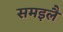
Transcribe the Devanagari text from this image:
समइलै